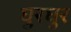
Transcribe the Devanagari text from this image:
घुरघुर